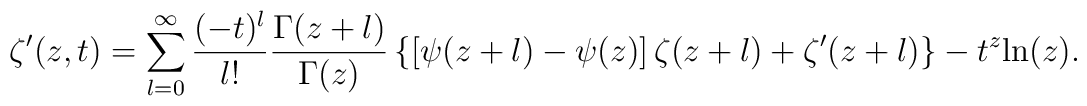
\zeta'(z,t)=\sum_{l=0}^\infty\frac{(-t)^l}{l!}\frac{\Gamma(z+l)}{\Gamma(z)}\left\{\left[\psi(z+l)-\psi(z)\right]\zeta(z+l)+\zeta'(z+l)\right\}-t^z {\rm ln}(z).